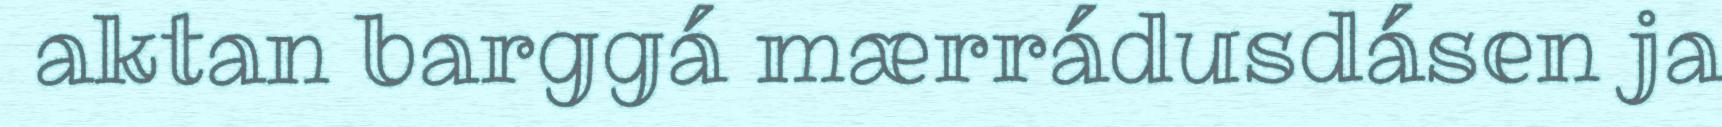
aktan barggá mærrádusdásen ja